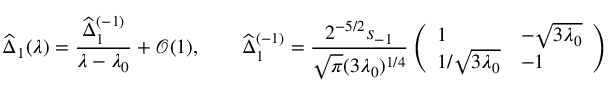
\widehat { \Delta } _ { 1 } ( \lambda ) = \frac { \widehat { \Delta } _ { 1 } ^ { ( - 1 ) } } { \lambda - \lambda _ { 0 } } + \mathcal { O } ( 1 ) , \qquad \widehat { \Delta } _ { 1 } ^ { ( - 1 ) } = \frac { 2 ^ { - 5 / 2 } s _ { - 1 } } { \sqrt { \pi } ( 3 \lambda _ { 0 } ) ^ { 1 / 4 } } \left( \begin{array} { l l } { 1 } & { - \sqrt { 3 \lambda _ { 0 } } } \\ { 1 / \sqrt { 3 \lambda _ { 0 } } } & { - 1 } \end{array} \right)